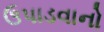
ઉપાડવાનો